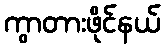
ကွာတားဖိုင်နယ်